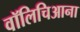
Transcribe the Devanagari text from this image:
वॉलिचिआना